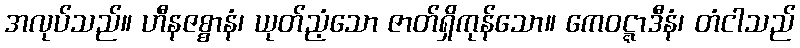
အလုပ်သည်။ ဟီနဇစ္စာနံ၊ ယုတ်ညံ့သော ဇာတ်ရှိကုန်သော။ ကေဝဋ္ဋာဒီနံ၊ တံငါသည်